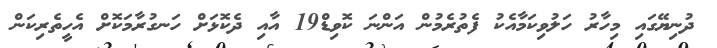
ދުނިޔޭގައި މިހާރު ހަލުވިކަމާއެކު ފެތުރެމުން އަންނަ ކޮވިޑް19 އާއި ދެކޮޅަށް ހަނގުރާމަކޮށް އެހީތެރިކަން